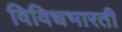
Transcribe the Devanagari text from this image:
विविधभारती